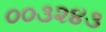
૦૦૩૨૪૩